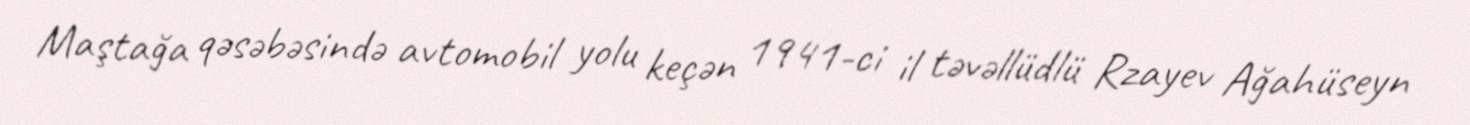
Maştağa qəsəbəsində avtomobil yolu keçən 1941-ci il təvəllüdlü Rzayev Ağahüseyn